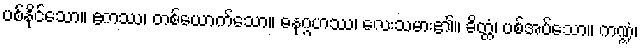
ပစ်နိုင်သော။ ဧကဿ၊ တစ်ယောက်သော။ ဓနုဂ္ဂဟဿ၊ လေးသမား၏။ ခိတ္တံ၊ ပစ်အပ်သော။ ကဏ္ဍံ၊